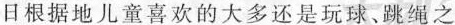
日根据地儿童喜欢的大多还是玩球、跳绳之